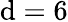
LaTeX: \mathrm{d}=6